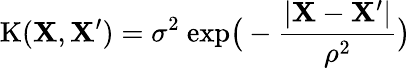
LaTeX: \mathrm{K}(\mathbf{X},\mathbf{X}^{\prime})=\sigma^{2}\ \mathrm{exp}\big(-\frac{|\mathbf{X}-\mathbf{X}^{\prime}|}{\rho^{2}}\big)